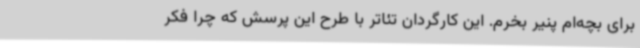
برای بچه‌ام پنیر بخرم. این کارگردان تئاتر با طرح این پرسش که چرا فکر